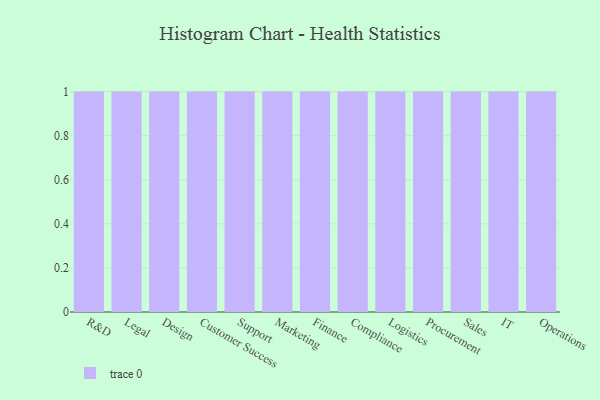
{"axis": {"x": "Department", "y": "Satisfaction Score"}, "legend": [""], "data": [{"x": "R&D", "y": 40, "type": ""}, {"x": "Legal", "y": 67, "type": ""}, {"x": "Design", "y": 100, "type": ""}, {"x": "Customer Success", "y": 41, "type": ""}, {"x": "Support", "y": 59, "type": ""}, {"x": "Marketing", "y": 41, "type": ""}, {"x": "Finance", "y": 92, "type": ""}, {"x": "Compliance", "y": 15, "type": ""}, {"x": "Logistics", "y": 79, "type": ""}, {"x": "Procurement", "y": 20, "type": ""}, {"x": "Sales", "y": 11, "type": ""}, {"x": "IT", "y": 2, "type": ""}, {"x": "Operations", "y": 47, "type": ""}]}